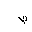
Letter: _da